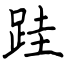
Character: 跬